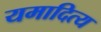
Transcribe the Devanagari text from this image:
यमादित्य